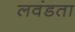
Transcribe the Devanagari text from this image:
लवंडता